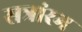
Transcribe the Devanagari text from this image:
सत्रांरभ